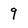
Character: 9